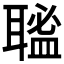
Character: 𦗃